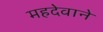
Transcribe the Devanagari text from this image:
महदेवाने